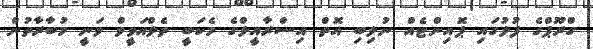
ގްރޫޕްގެ ފުލުގައި ޕޮއިންޓެއް ނުލިބި އޮތް އިސްރާއީލްގެ މެކަބީ ތެލްއަވީވް ވަނީ މުބާރާތުން